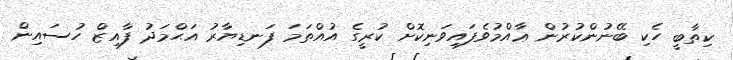
ކިތާބީ ހެކި ބޭނުންކުރުން ޢާއްމުވެފައިވަނިކޮށް ކުރީގެ އުއްތަމަ ފަނޑިޔާރު އަޙްމަދު ފާއިޒް ހުސައިން